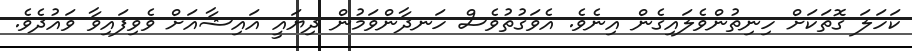
ކަހަލަ ގޮތަކަށް ހިނިތުންވެލައިގެން އިނެވެ. އެވަގުތުވެސް ހަނދާންވަމުން ދިޔައީ އައިޝާއަށް ވެވިފައިވާ ވައުދެވެެ.